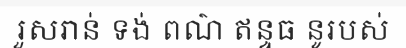
រួសរាន់ ទង់ ពណ៌ ឥន្ទធ នូរបស់